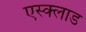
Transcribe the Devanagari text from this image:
एस्क्लाड